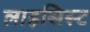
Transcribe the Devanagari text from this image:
लाइसिस्ट